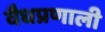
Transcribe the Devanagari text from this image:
वैधप्रणाली